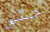
حتى